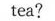
tea?